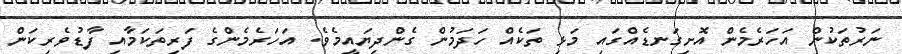
ނަރުތަކުން އަހަރެމެން އޮށިގަނޑެއްގައި މަޅި ތަކެއް ހަދަމުން ގެންދިޔައީމެވެ. އަހަރެމެންގެ ފަރިތަކަމާއި ފާޑުވެރިކަން